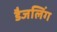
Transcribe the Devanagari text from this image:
डैजलिंग